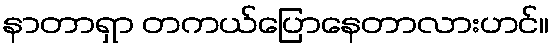
နာတာရှာ တကယ်ပြောနေတာလားဟင်။